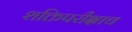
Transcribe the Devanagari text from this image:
शक्तिपरीक्षाच